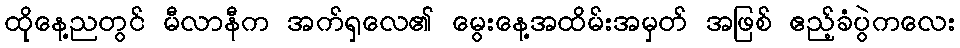
ထိုနေ့ညတွင် မီလာနီက အက်ရှလေ၏ မွေးနေ့အထိမ်းအမှတ် အဖြစ် ဧည့်ခံပွဲကလေး